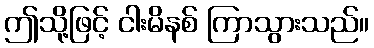
ဤသို့ဖြင့် ငါးမိနစ် ကြာသွားသည်။